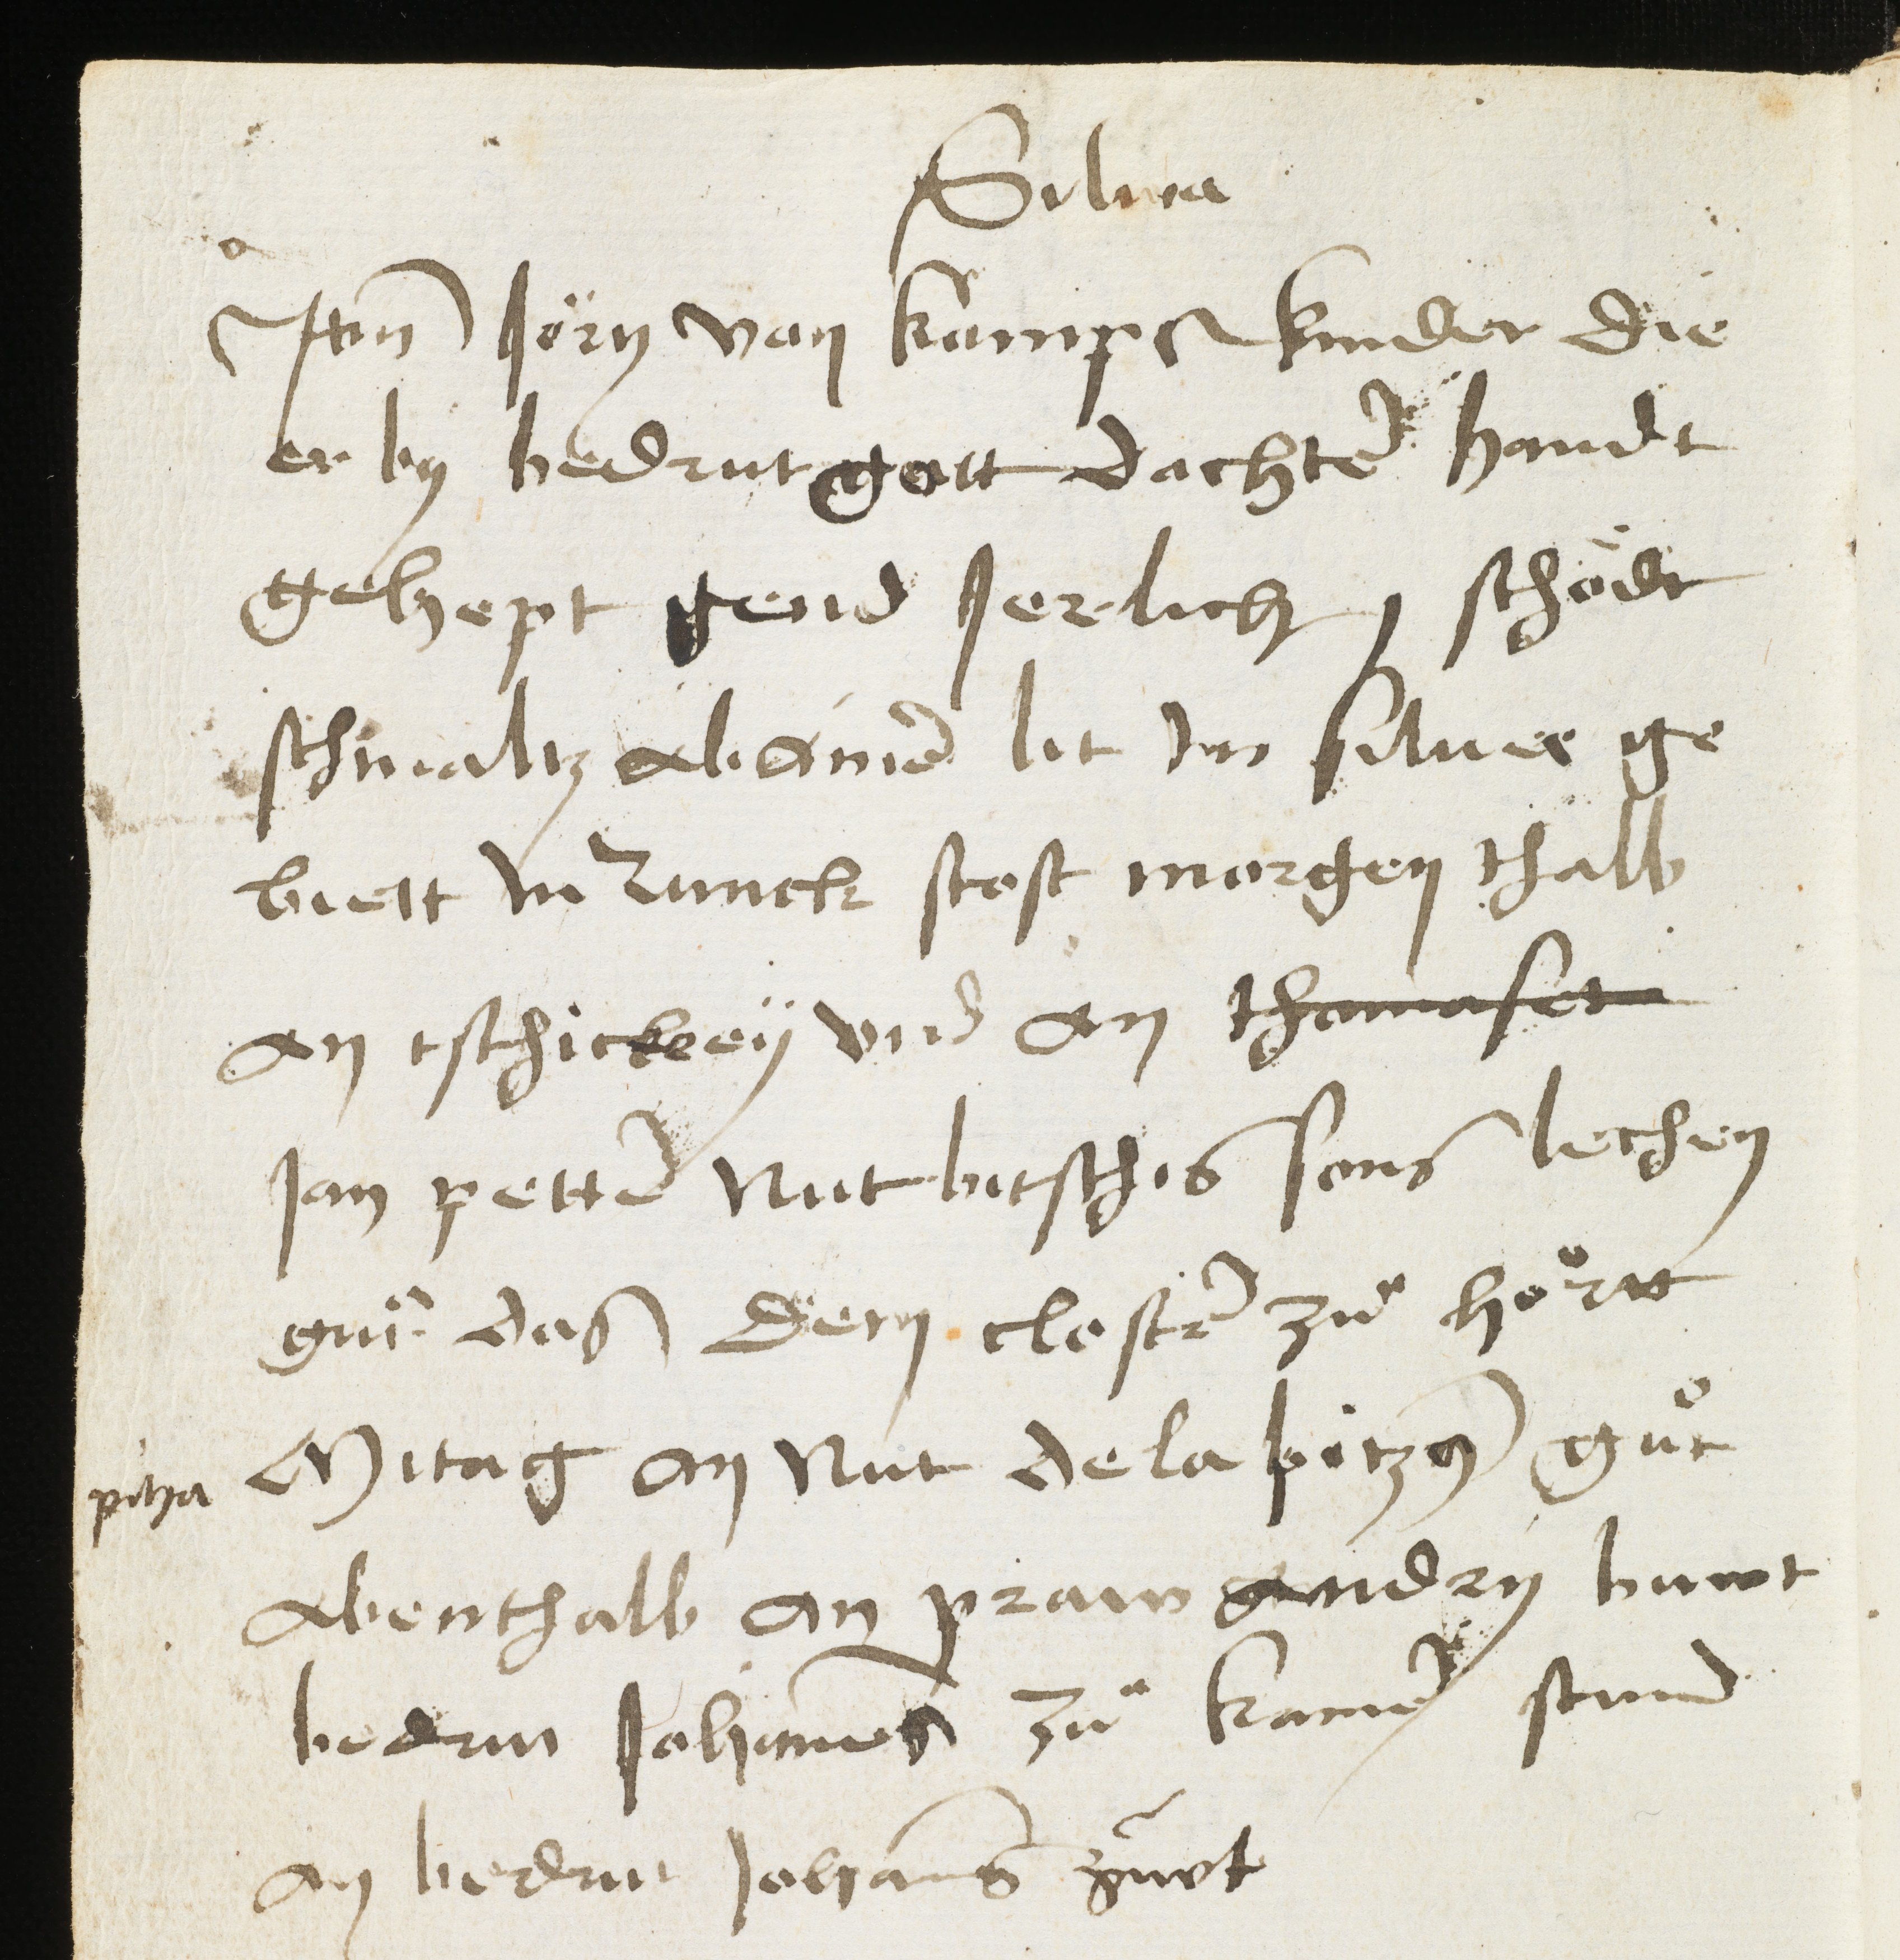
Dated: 1460–1460